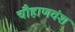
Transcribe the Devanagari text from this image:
चौहाणवंश